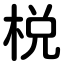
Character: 棁